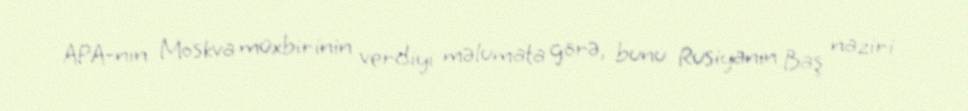
APA-nın Moskva müxbirinin verdiyi məlumata görə, bunu Rusiyanın Baş naziri